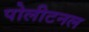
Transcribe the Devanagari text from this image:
पोलीटनल